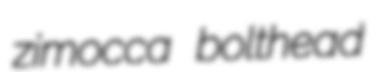
zimocca bolthead